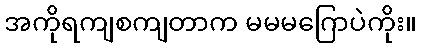
အကိုရကျစကျတာက မမမဂြောပဲကိုး။